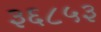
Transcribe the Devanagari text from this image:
३६८५३